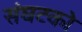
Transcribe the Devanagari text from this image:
संघटको